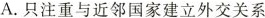
A.只注重与近邻国家建立外交关系